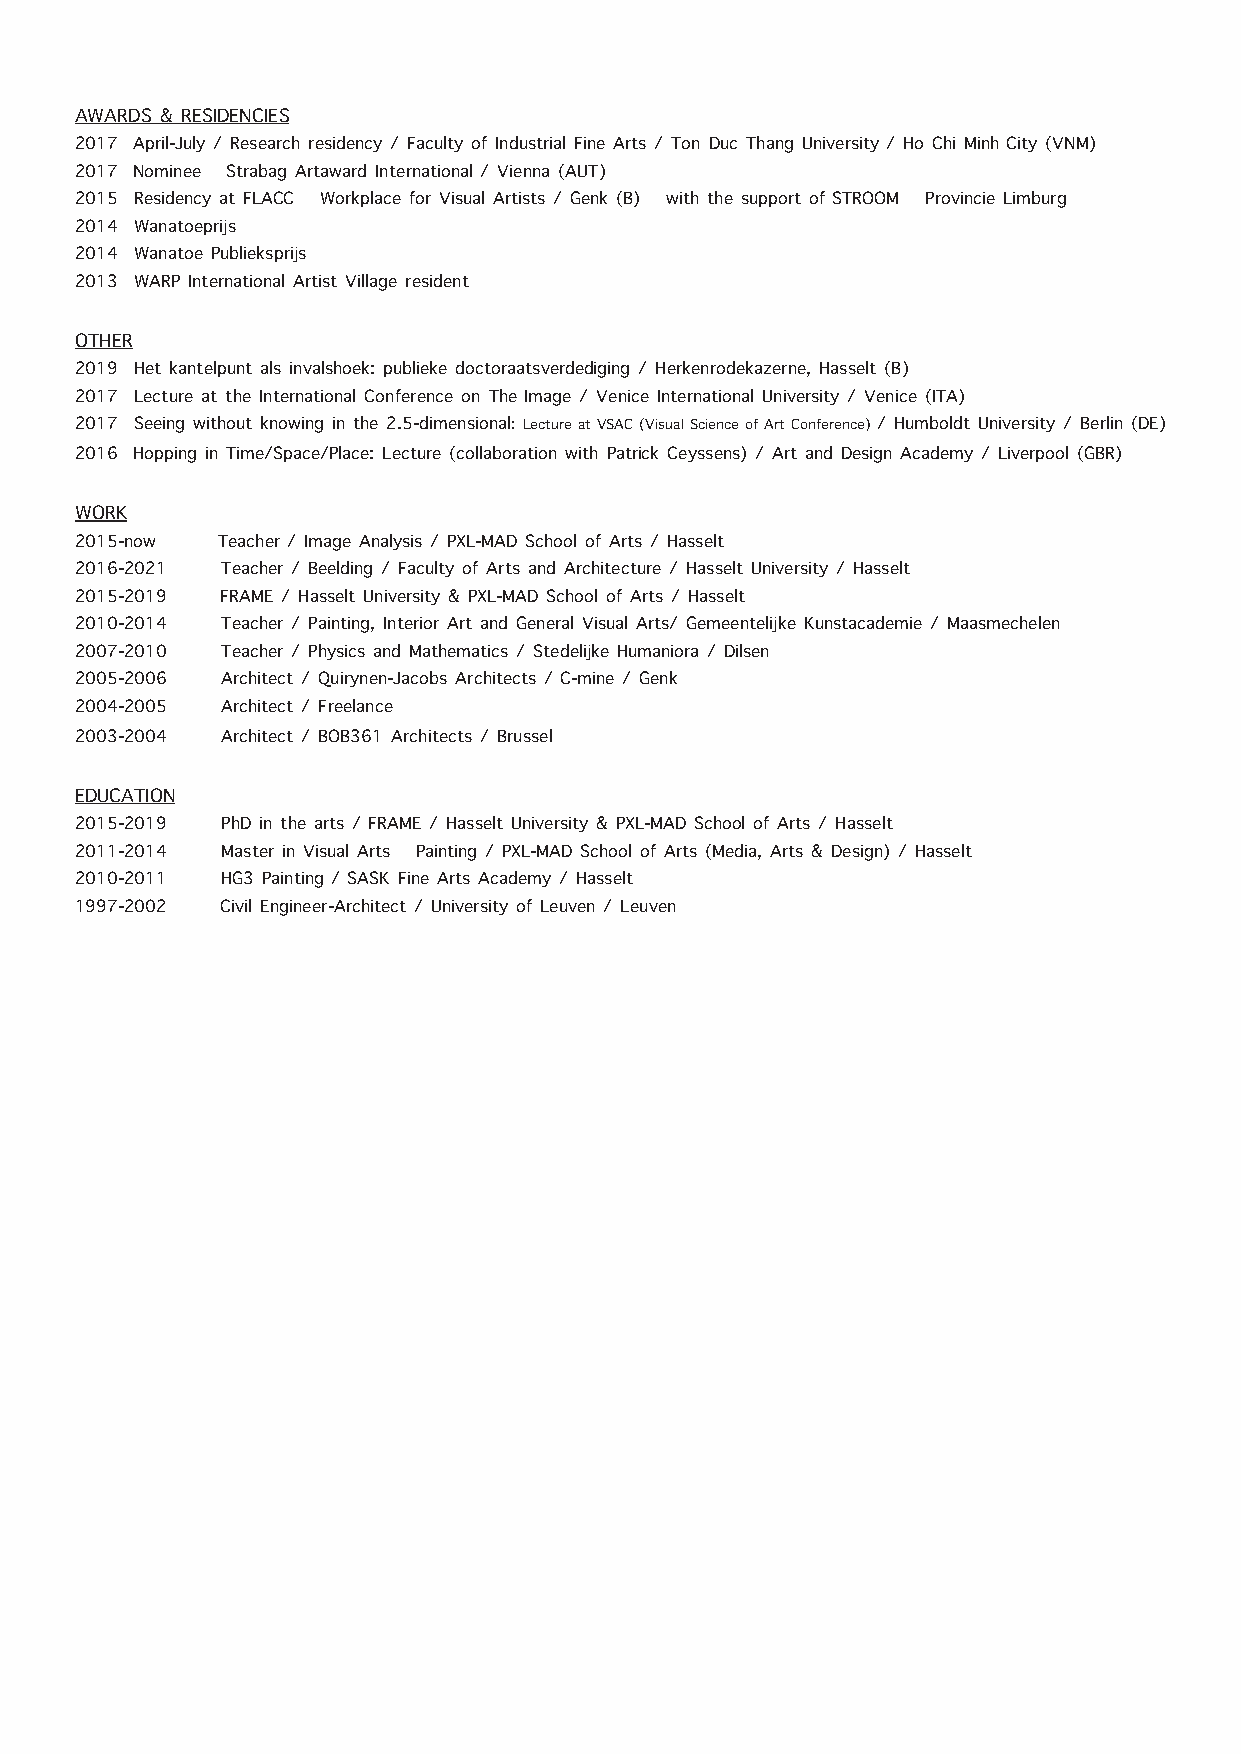
AWARDS & RESIDENCIES
 2017 April-July / Research residency / Faculty of Industrial Fine Arts / Ton Duc Thang University / Ho Chi Minh City (VNM)
 2017 Nominee – Strabag Artaward International / Vienna (AUT)
 2015 Residency at FLACC – Workplace for Visual Artists / Genk (B) – with the support of STROOM – Provincie Limburg
 2014 Wanatoeprijs
 2014 Wanatoe Publieksprijs
 2013 WARP International Artist Village resident
 OTHER
 2019 Het kantelpunt als invalshoek: publieke doctoraatsverdediging / Herkenrodekazerne, Hasselt (B)
 2017 Lecture at the International Conference on The Image / Venice International University / Venice (ITA)
 2017 Seeing without knowing in the 2.5-dimensional: Lecture at VSAC (Visual Science of Art Conference) / Humboldt University / Berlin (DE)
 2016 Hopping in Time/Space/Place: Lecture (collaboration with Patrick Ceyssens) / Art and Design Academy / Liverpool (GBR)
 WORK
 2015-now Teacher / Image Analysis / PXL-MAD School of Arts / Hasselt
 2016-2021 Teacher / Beelding / Faculty of Arts and Architecture / Hasselt University / Hasselt
 2015-2019 FRAME / Hasselt University & PXL-MAD School of Arts / Hasselt
 2010-2014 Teacher / Painting, Interior Art and General Visual Arts/ Gemeentelijke Kunstacademie / Maasmechelen
 2007-2010 Teacher / Physics and Mathematics / Stedelijke Humaniora / Dilsen
 2005-2006 Architect / Quirynen-Jacobs Architects / C-mine / Genk
 2004-2005 Architect / Freelance
 2003-2004 Architect / BOB361 Architects / Brussel
 EDUCATION
 2015-2019 PhD in the arts / FRAME / Hasselt University & PXL-MAD School of Arts / Hasselt
 2011-2014 Master in Visual Arts – Painting / PXL-MAD School of Arts (Media, Arts & Design) / Hasselt
 2010-2011 HG3 Painting / SASK Fine Arts Academy / Hasselt
 1997-2002 Civil Engineer-Architect / University of Leuven / Leuven